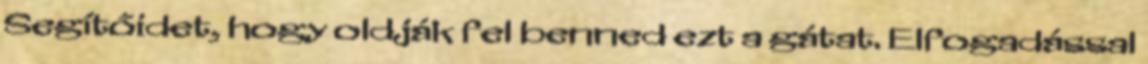
Segítőidet, hogy oldják fel benned ezt a gátat. Elfogadással